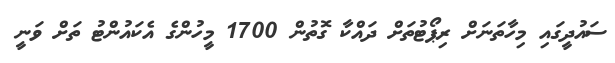
ސައުދީގައި މިހާތަނަށް ރިޕޯޓުތަށް ދައްކާ ގޮތުން 1700 މީހުންގެ އެކައުންޓު ތަށް ވަނީ